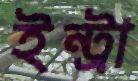
ইন্ট্রা